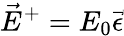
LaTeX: \vec{E}^{+}=E_{0}\vec{\epsilon}